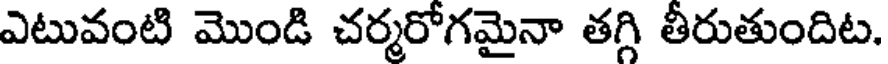
ఎటువంటి మొండి చర్మరోగమైనా తగ్గి తీరుతుందిట.